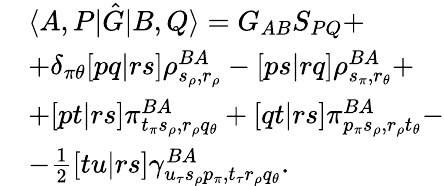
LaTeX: \begin{array}{rl}&{\langle A,P|\hat{G}|B,Q\rangle=G_{AB}S_{PQ}+}\\ &{+\delta_{\pi\theta}[pq|rs]\rho_{s_{\rho},r_{\rho}}^{BA}-[ps|rq]\rho_{s_{\pi},r_{\theta}}^{BA}+}\\ &{+[pt|rs]\pi_{t_{\pi}s_{\rho},r_{\rho}q_{\theta}}^{BA}+[qt|rs]\pi_{p_{\pi}s_{\rho},r_{\rho}t_{\theta}}^{BA}-}\\ &{-\frac{1}{2}[tu|rs]\gamma_{u_{\tau}s_{\rho}p_{\pi},t_{\tau}r_{\rho}q_{\theta}}^{BA}.}\end{array}